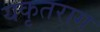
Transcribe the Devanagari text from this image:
यकृतराग